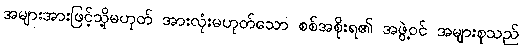
အများအားဖြင့်သို့မဟုတ် အားလုံးမဟုတ်သော စစ်အစိုးရ၏ အဖွဲ့ဝင် အများစုသည်